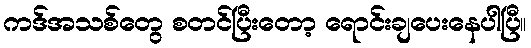
ကဒ်အသစ်တွေ စတင်ပြီးတော့ ရောင်းချပေးနေပါပြီ။